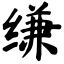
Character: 缣